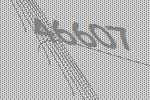
46607